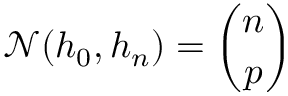
\mathcal N ( h _ { 0 } , h _ { n } ) = \binom { n } { p }